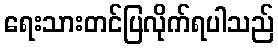
ရေးသားတင်ပြလိုက်ရပါသည်